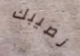
نصيبك